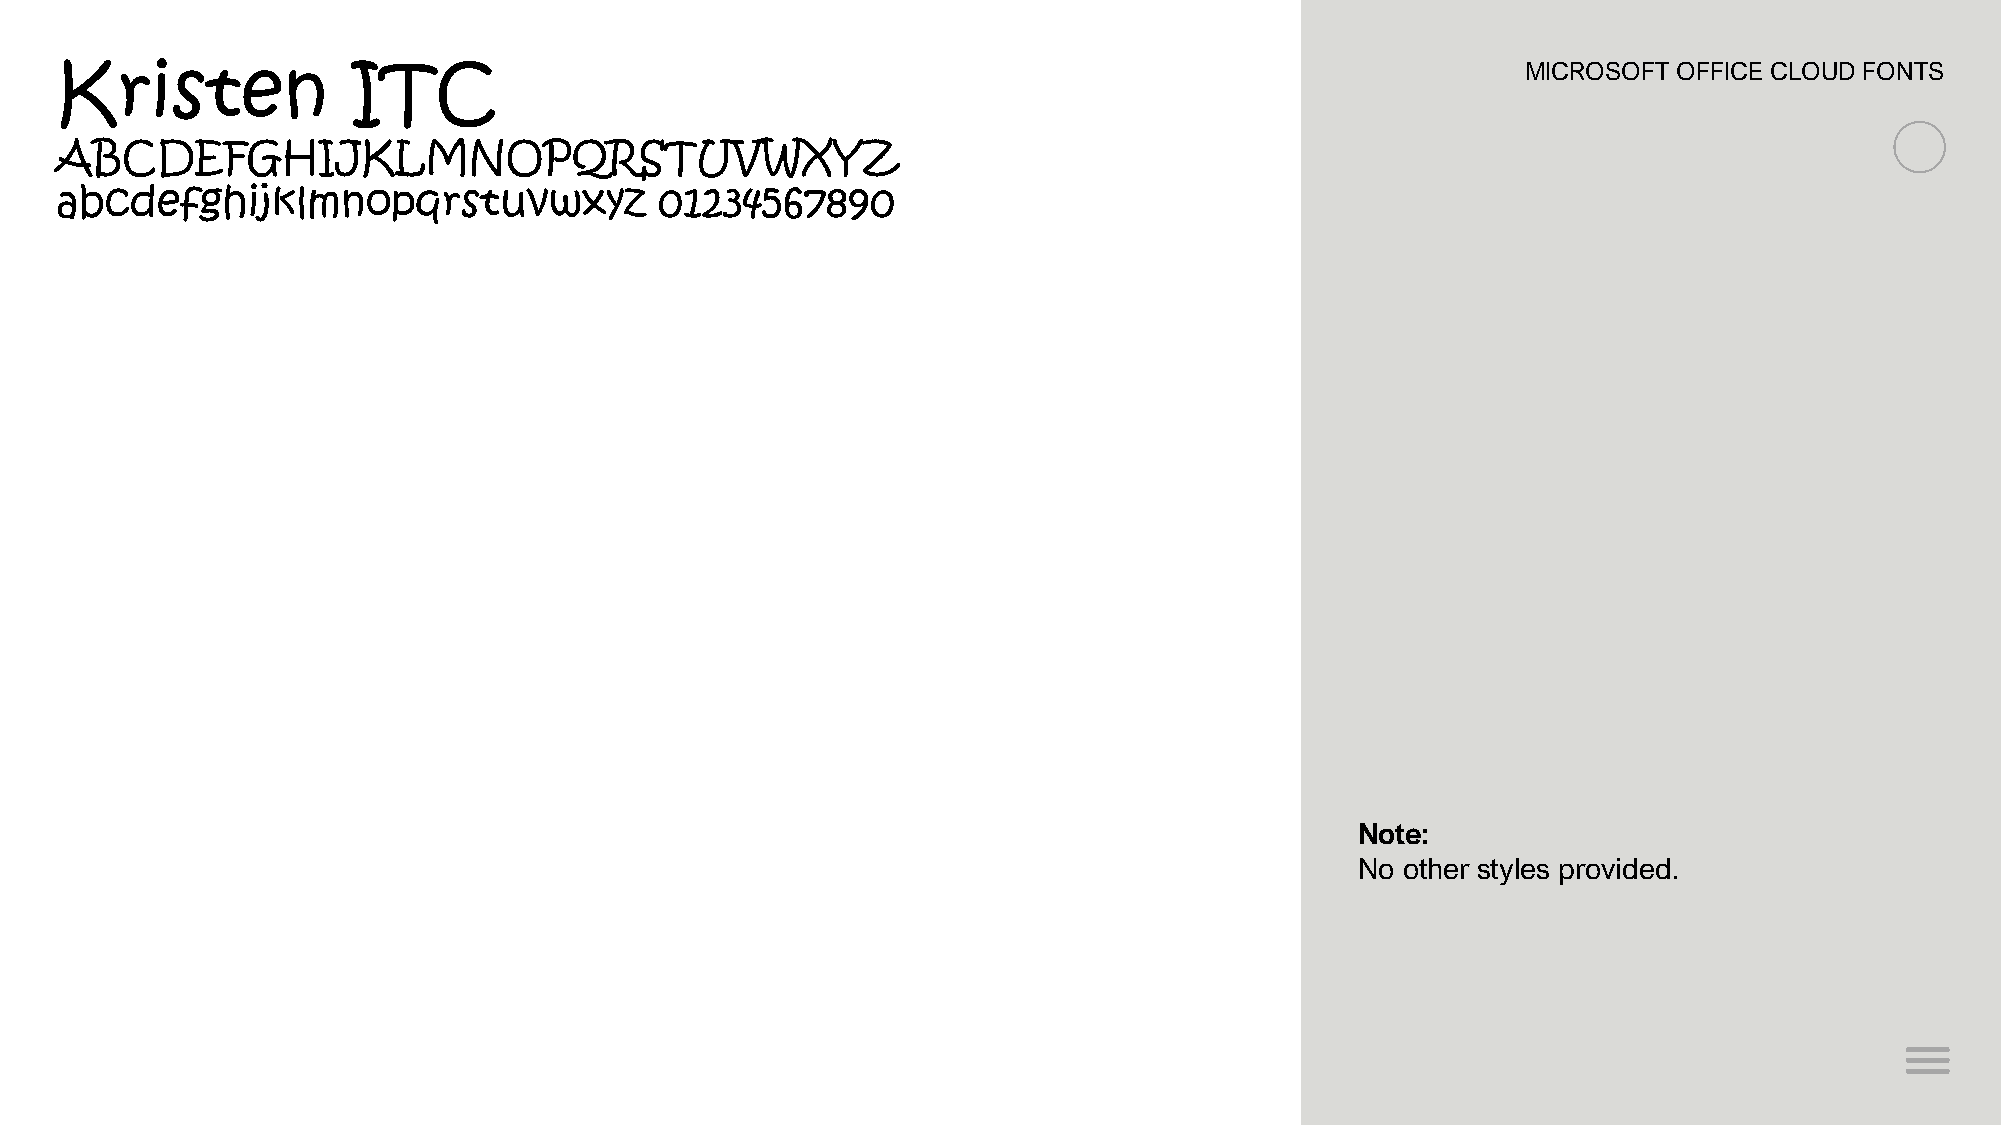
MICROSOFT OFFICE CLOUD FONTS
 Kristen            ITC
 ABCDEFGHIJKLMNOPQRSTUVWXYZ
 abcdefghijklmnopqrstuvwxyz              01234567890
 Note:
 No other styles provided.